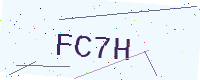
Text: FC7H